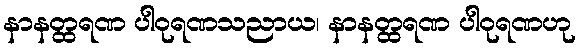
နာနတ္ထရဏ ပါဝုရဏသညာယ၊ နာနတ္ထရဏ ပါဝုရဏဟု